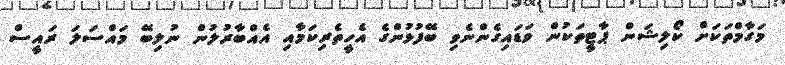
މަގާމްތަކަށް ކޯލިޝަން ޕާޓީތަކުން ވަޑައިގެންނެވި ބޭފުޅުންގެ އެހީތެރިކަމާއި އެއްބާރުލުން ނުލިބޭ މައްސަލަ ރައީސް